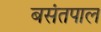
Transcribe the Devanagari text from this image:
बसंतपाल